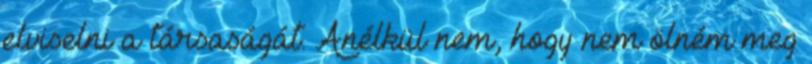
elviselni a társaságát. Anélkül nem, hogy nem ölném meg